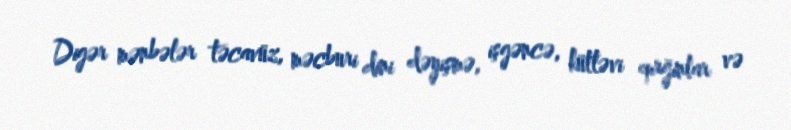
Digər mənbələr təcavüz, məcburi dini dəyişmə, işgəncə, kütləvi qırğınlar və